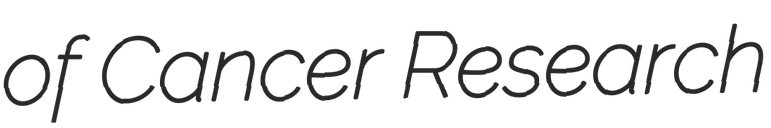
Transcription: of Cancer Research